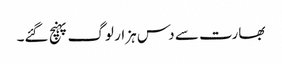
بھارت سے دس ہزار لوگ پہنچ گئے۔